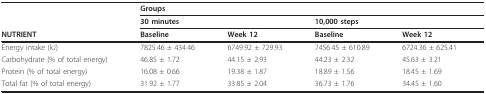
<table><thead><tr><td></td><td colspan="4"><b>Groups</b></td></tr><tr><td></td><td colspan="2"><b>30 minutes</b></td><td colspan="2"><b>10,000 steps</b></td></tr><tr><td><b>NUTRIENT</b></td><td><b>Baseline</b></td><td><b>Week 12</b></td><td><b>Baseline</b></td><td><b>Week 12</b></td></tr></thead><tbody><tr><td>Energy intake (kJ)</td><td>7825.46 ± 434.46</td><td>6749.92 ± 729.93</td><td>7456.45 ± 610.89</td><td>6724.36 ± 625.41</td></tr><tr><td>Carbohydrate (% of total energy)</td><td>46.85 ± 1.72</td><td>44.15 ± 2.93</td><td>44.23 ± 2.32</td><td>45.63 ± 3.21</td></tr><tr><td>Protein (% of total energy)</td><td>16.08 ± 0.66</td><td>19.38 ± 1.87</td><td>18.89 ± 1.56</td><td>18.45 ± 1.69</td></tr><tr><td>Total fat (% of total energy)</td><td>31.92 ± 1.77</td><td>33.85 ± 2.04</td><td>36.73 ± 1.76</td><td>34.45 ± 1.60</td></tr></tbody></table>